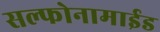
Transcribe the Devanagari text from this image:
सल्फोनामाईड